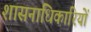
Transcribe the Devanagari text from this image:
शासनाधिकारियों